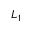
L _ { 1 }